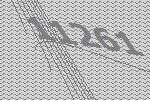
11261